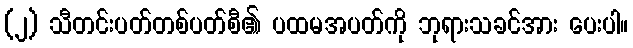
(၂) သီတင်းပတ်တစ်ပတ်စီ၏ ပထမအပတ်ကို ဘုရားသခင်အား ပေးပါ။